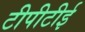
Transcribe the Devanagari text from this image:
टीपीटीई